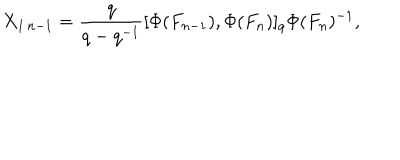
X _ { 1 \, n - 1 } = \frac { q } { q - q ^ { - 1 } } [ \Phi ( F _ { n - 1 } ) , \Phi ( F _ { n } ) ] _ { q } \Phi ( F _ { n } ) ^ { - 1 } ,